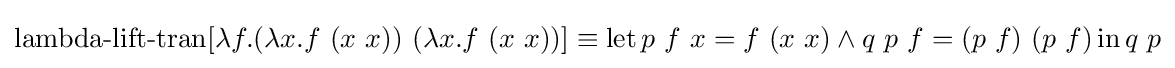
\operatorname {lambda-lift-tran} [\lambda f.(\lambda x.f\ (x\ x))\ (\lambda x.f\ (x\ x))]\equiv \operatorname {let} p\ f\ x=f\ (x\ x)\land q\ p\ f=(p\ f)\ (p\ f)\operatorname {in} q\ p